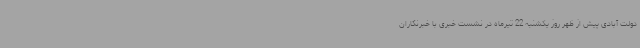
دولت آبادی پیش از ظهر روز یکشنبه 22 تیرماه در نشست خبری با خبرنگاران